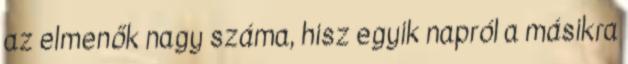
az elmenők nagy száma, hisz egyik napról a másikra